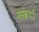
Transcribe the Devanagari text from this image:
संखयों